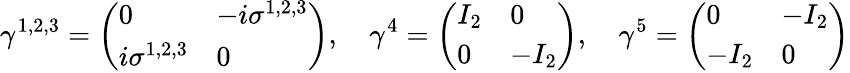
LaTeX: \gamma^{1,2,3}={\left(\begin{array}{ll}{0}&{-i\sigma^{1,2,3}}\\ {i\sigma^{1,2,3}}&{0}\end{array}\right)},\quad\gamma^{4}={\left(\begin{array}{ll}{I_{2}}&{0}\\ {0}&{-I_{2}}\end{array}\right)},\quad\gamma^{5}={\left(\begin{array}{ll}{0}&{-I_{2}}\\ {-I_{2}}&{0}\end{array}\right)}